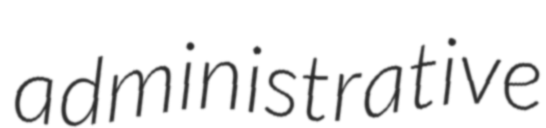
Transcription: administrative